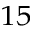
_ { 1 5 }